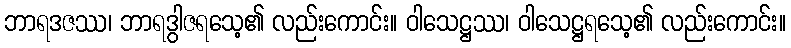
ဘာရဒဇဿ၊ ဘာရဒွါဇရသေ့၏ လည်းကောင်း။ ဝါသေဋ္ဌဿ၊ ဝါသေဋ္ဌရသေ့၏ လည်းကောင်း။